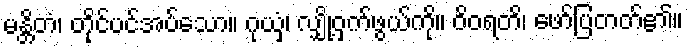
မန္တိတံ၊ တိုင်ပင်အပ်သော။ ဂုယှံ၊ လျှို့ဝှက်ဖွယ်ကို။ ဝိဝရတိ၊ ဖော်ပြတတ်၏။